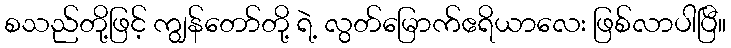
စသည်တို့ဖြင့် ကျွန်တော်တို့ ရဲ့ လွတ်မြောက်ဧရိယာလေး ဖြစ်လာပါပြီ။